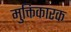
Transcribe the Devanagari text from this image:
मुक्तिकारक